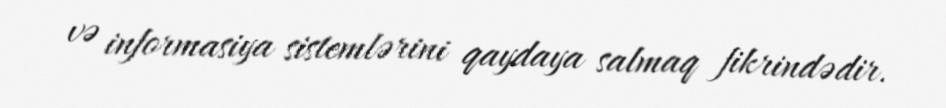
və informasiya sistemlərini qaydaya salmaq fikrindədir.